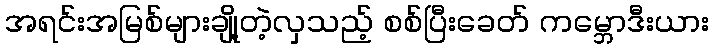
အရင်းအမြစ်များချို့တဲ့လှသည့် စစ်ပြီးခေတ် ကမ္ဘောဒီးယား